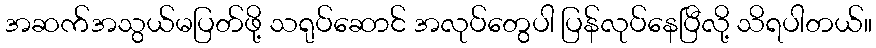
အဆက်အသွယ်မပြတ်ဖို့ သရုပ်ဆောင် အလုပ်တွေပါ ပြန်လုပ်နေပြီလို့ သိရပါတယ်။